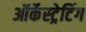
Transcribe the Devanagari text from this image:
ऑर्केस्ट्रेटिंग